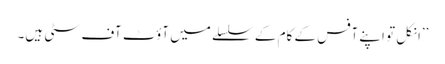
’’انکل تو اپنے آفس کے کام کے سلسلے میں آؤٹ آف سٹی ہیں۔